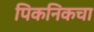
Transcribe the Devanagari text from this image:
पिकनिकचा